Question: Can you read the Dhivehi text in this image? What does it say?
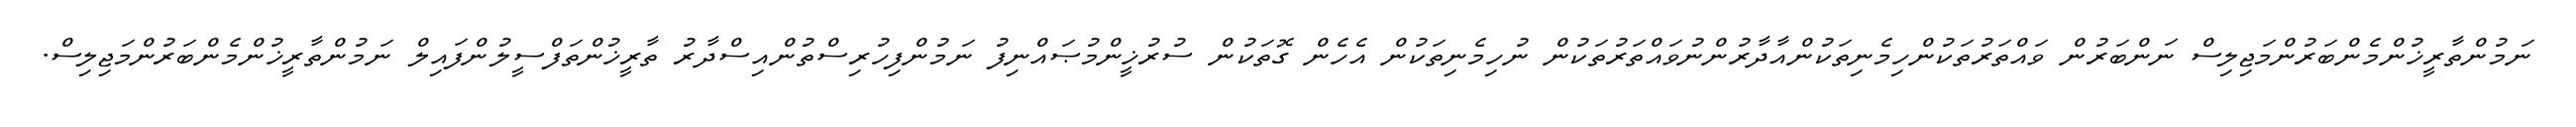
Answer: ނަމުންތާރީޚުންމެންބަރުންމަޖިލިސް ނަންބަރުން ވައްތަރުތަކުންހިމެނިތަކުންއާދާރުންނުވައްތަރުތަކުން ނުހިމެނިތަކުން އެހެން ގޮތަކުން ސުރުޚީންމުޞައްނިފު ނަމުންފިހުރިސްތުންއިސްދާރު ތާރީޚުންތަފްސީލުންފައިލް ނަމުންތާރީޚުންމެންބަރުންމަޖިލިސް.